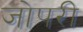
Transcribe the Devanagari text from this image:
जोपरी